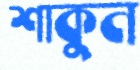
শাকুন